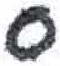
אות: ס